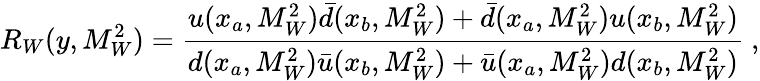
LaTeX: R_{W}(y,M_{W}^{2})=\frac{u(x_{a},M_{W}^{2})\bar{d}(x_{b},M_{W}^{2})+\bar{d}(x_{a},M_{W}^{2})u(x_{b},M_{W}^{2})}{d(x_{a},M_{W}^{2})\bar{u}(x_{b},M_{W}^{2})+\bar{u}(x_{a},M_{W}^{2})d(x_{b},M_{W}^{2})}~,